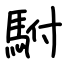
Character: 駙